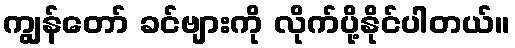
ကျွန်တော် ခင်ဗျားကို လိုက်ပို့နိုင်ပါတယ်။